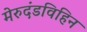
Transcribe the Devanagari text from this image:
मेरुदंडविहिन